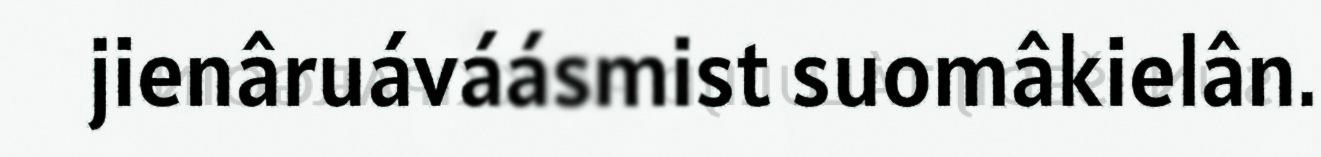
jienâruáváásmist suomâkielân.